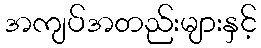
အကျပ်အတည်းများနှင့်